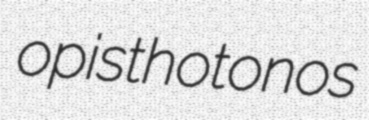
opisthotonos